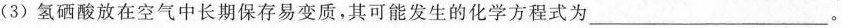
(3)氢硒酸放在空气中长期保存易变质，其可能发生的化学方程式为_____。